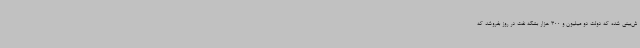
ش‌بینی شده که دولت دو میلیون و 300 هزار بشکه نفت در روز بفروشد که